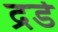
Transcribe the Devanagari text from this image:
द्रर्ड